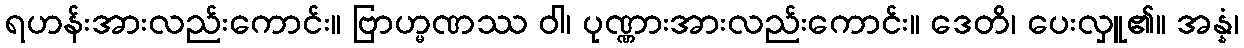
ရဟန်းအားလည်းကောင်း။ ဗြာဟ္မဏဿ ဝါ၊ ပုဏ္ဏားအားလည်းကောင်း။ ဒေတိ၊ ပေးလှူ၏။ အန္နံ၊